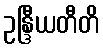
ဥန္ဒြီယတီတိ